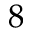
8